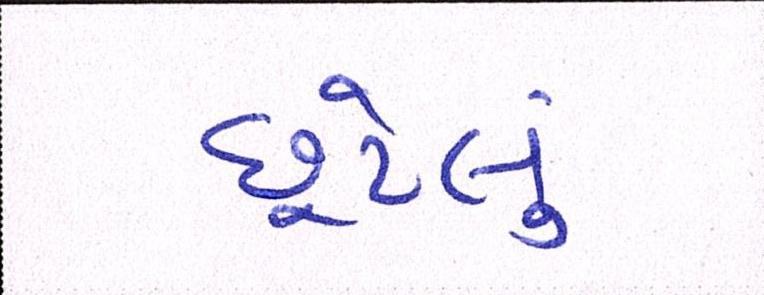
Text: છૂટેલું